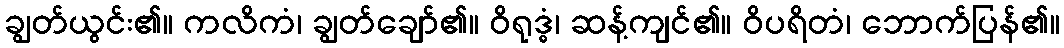
ချွတ်ယွင်း၏။ ကလိကံ၊ ချွတ်ချော်၏။ ဝိရုဒ္ဓံ၊ ဆန့်ကျင်၏။ ဝိပရိတံ၊ ဘောက်ပြန်၏။